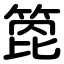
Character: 箆